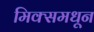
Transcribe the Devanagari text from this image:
मिक्समधून